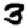
Digit: 3